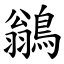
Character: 鶲